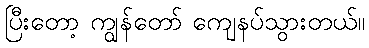
ပြီးတော့ ကျွန်တော် ကျေနပ်သွားတယ်။